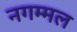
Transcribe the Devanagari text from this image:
नगम्मल